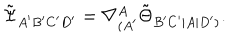
LaTeX: \tilde { \Psi } _ { A ^ { \prime } B ^ { \prime } C ^ { \prime } D ^ { \prime } } = \nabla _ { ( A ^ { \prime } } ^ { A } \tilde { \Theta } _ { B ^ { \prime } C ^ { \prime } | A | D ^ { \prime } ) } .